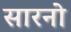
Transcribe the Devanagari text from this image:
सारनो